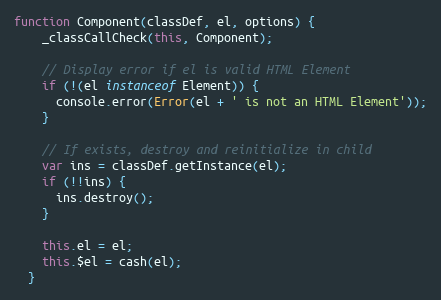
Language: JavaScript
function Component(classDef, el, options) {
    _classCallCheck(this, Component);

    // Display error if el is valid HTML Element
    if (!(el instanceof Element)) {
      console.error(Error(el + ' is not an HTML Element'));
    }

    // If exists, destroy and reinitialize in child
    var ins = classDef.getInstance(el);
    if (!!ins) {
      ins.destroy();
    }

    this.el = el;
    this.$el = cash(el);
  }